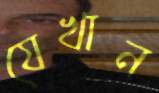
যেখান